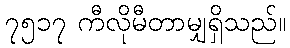
၇၅၁၇ ကီလိုမီတာမျှရှိသည်။